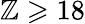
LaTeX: \mathbb{Z}\geqslant18